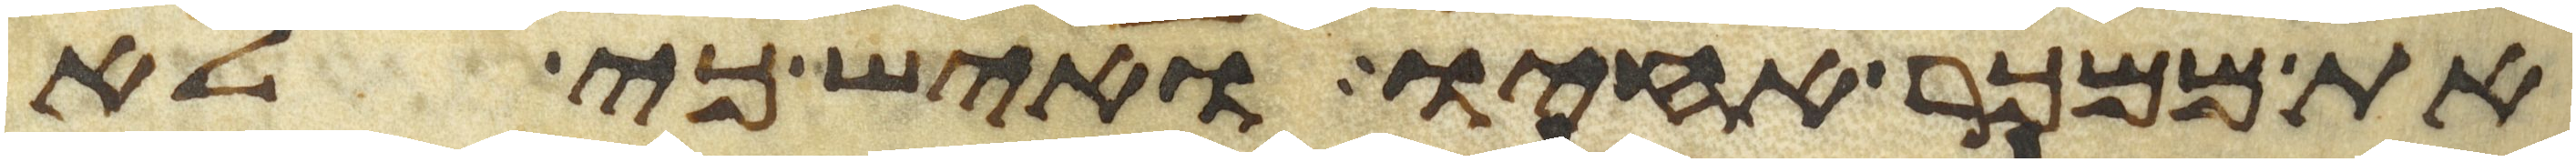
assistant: את ממכר אחיו ואיש כי לא